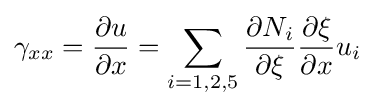
\gamma _{xx}={\frac {\partial u}{\partial x}}=\sum _{i=1,2,5}{\frac {\partial N_{i}}{\partial \xi }}{\frac {\partial \xi }{\partial x}}u_{i}